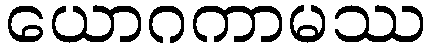
ယောဂကာမဿ